Indian journal of veterinary science and animal husbandry - Volume 1,
Year: 1931
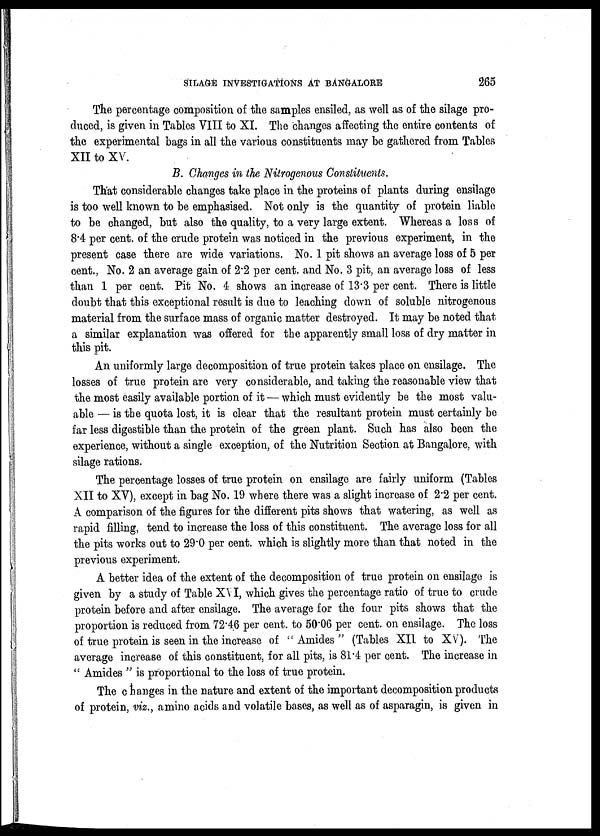
SILAGE INVESTIGATIONS AT BANGALORE 265
The percentage composition of the samples ensiled, as well as of the silage pro-
duced, is given in Tables VIII to XI. The changes affecting the entire contents of
the experimental bags in all the various constituents may be gathered from Tables
XII to XV.
B. Changes in the Nitrogenous Constituents.
That considerable changes take place in the proteins of plants during ensilage
is too well known to be emphasised. Not only is the quantity of protein liable
to be changed, but also the quality, to a very large extent. Whereas a loss of
8.4 per cent. of the crude protein was noticed in the previous experiment, in the
present case there are wide variations. No. 1 pit shows an average loss of 5 per
cent., No. 2 an average gain of 2.2 per cent. and No. 3 pit, an average loss of less
than 1 per cent. Pit No. 4 shows an increase of 13.3 per cent. There is little
doubt that this exceptional result is due to leaching down of soluble nitrogenous
material from the surface mass of organic matter destroyed. It may be noted that
a similar explanation was offered for the apparently small loss of dry matter in
this pit.
An uniformly large decomposition of true protein takes place on ensilage. The
losses of true protein are very considerable, and taking the reasonable view that
the most easily available portion of it — which must evidently be the most valu-
able — is the quota lost, it is clear that the resultant protein must certainly be
far less digestible than the protein of the green plant. Such has also been the
experience, without a single exception, of the Nutrition Section at Bangalore, with
silage rations.
The percentage losses of true protein on ensilage are fairly uniform (Tables
XII to XV), except in bag No. 19 where there was a slight increase of 2.2 per cent.
A comparison of the figures for the different pits shows that watering, as well as
rapid filling, tend to increase the loss of this constituent. The average loss for all
the pits works out to 29.0 per cent. which is slightly more than that noted in the
previous experiment.
A better idea of the extent of the decomposition of true protein on ensilage is
given by a study of Table XVI, which gives the percentage ratio of true to crude
protein before and after ensilage. The average for the four pits shows that the
proportion is reduced from 72.46 per cent. to 50.06 per cent. on ensilage. The loss
of true protein is seen in the increase of " Amides " (Tables XII to XV). The
average increase of this constituent, for all pits, is 81.4 per cent. The increase in
" Amides " is proportional to the loss of true protein.
The changes in the nature and extent of the important decomposition products
of protein, viz., amino acids and volatile bases, as well as of asparagin, is given in